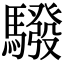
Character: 驋